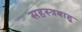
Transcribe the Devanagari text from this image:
सहस्त्रबाहू